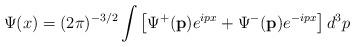
LaTeX: \begin{align*}\Psi (x)=(2\pi )^{-3/2}\int \left[ \Psi^{+}(\mathbf{p})e^{ipx}+\Psi ^{-}( \mathbf{p})e^{-ipx}\right] d^3p\end{align*}